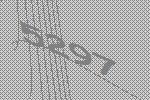
5297